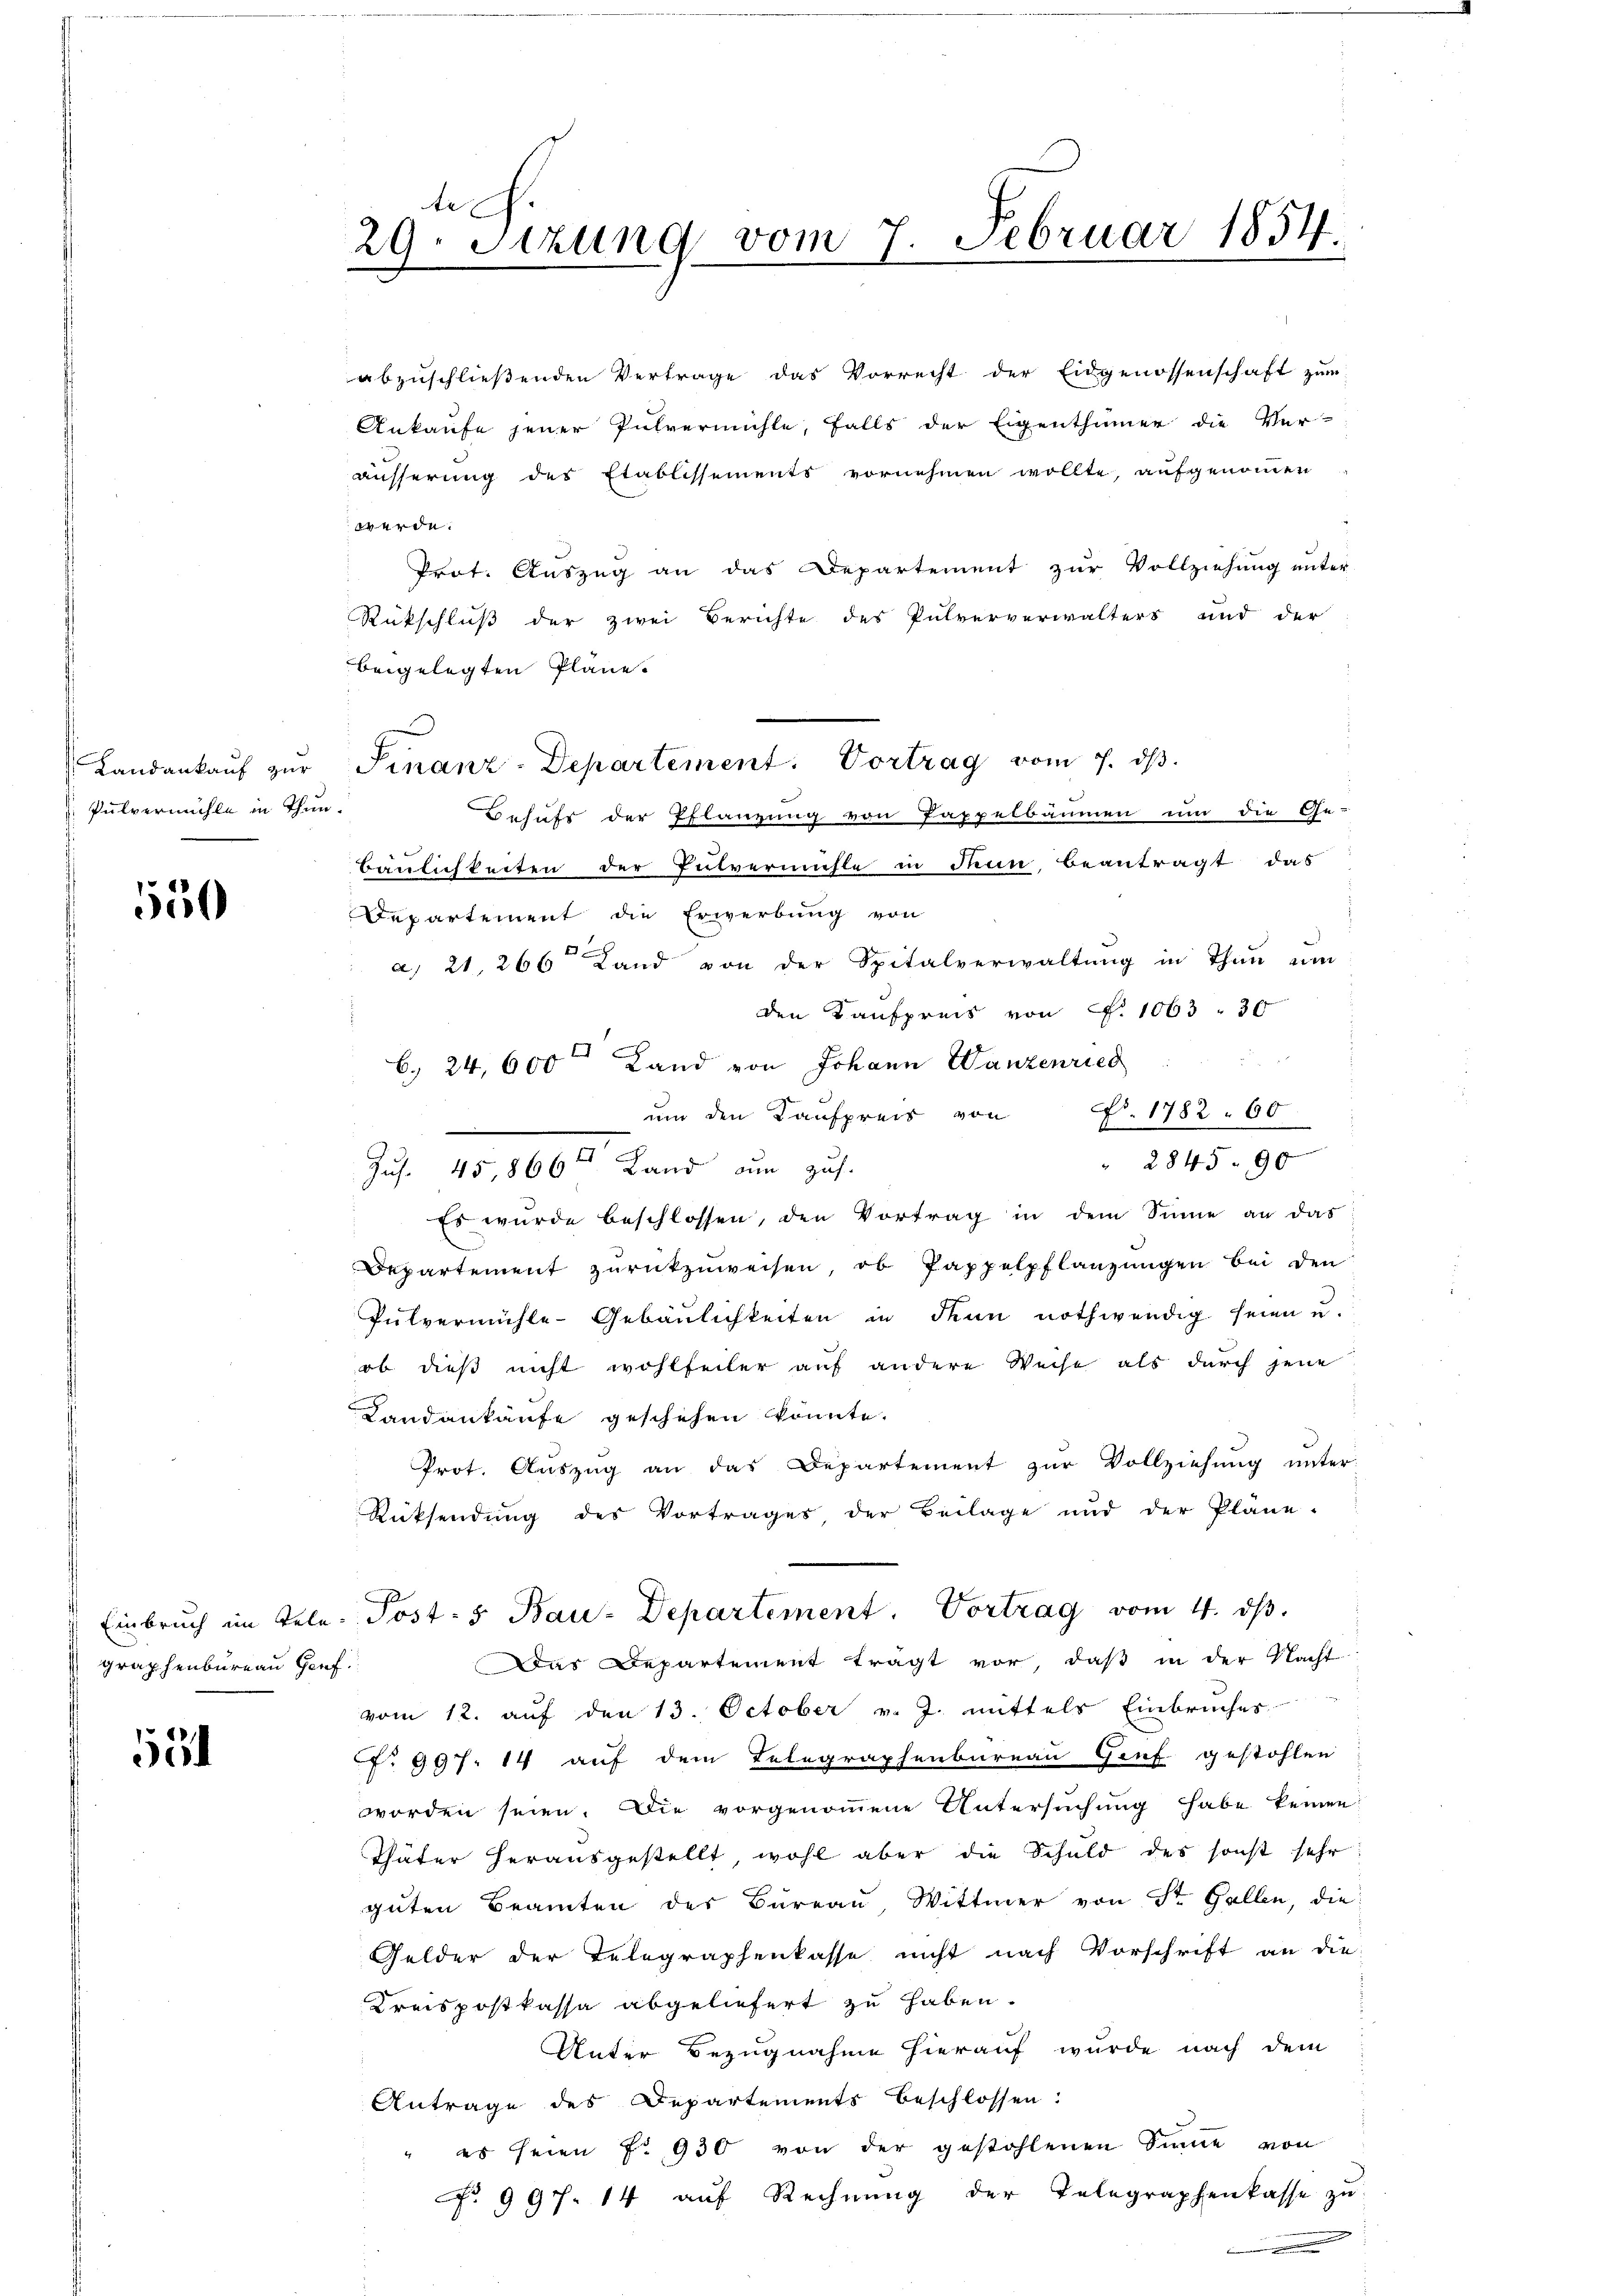
Pulvermühle in Thun.

550

äusserung des Etablissements vornehmen wollte, aufgenommen
werde.
Prot. Auszug an das Departement zur Vollziehung unter
Rückschluß der zwei Berichte des Pulververwalters und der
beigelegten Pläne.
Behufs der Pflanzung von Pappelbäumen um die Ge-
Baulichkeiten der Pulvermühle in denn, beantragt das
Departement die Erwerbung von
a. 21. 266 Land von der Spitalverwaltŭng in Thun um
den Kaufpreis von Fr. 1063 " 30
6. 24, 600 x
Land von Johann Wanzenried
ŭm den Kaufpreis von Fr. 1782. 60
284590
Zus. 45,866t Land um zus.
Es wurde beschlossen, den Vortrag in dem Sinne an das
Departement zurückzuweisen, ob Pappelpflanzungen bei den
Pŭlvermühle-Gebäŭlichkeiten in denn nothwendig seien u.
ob dieß nicht wohlfeiler auf andere Weise als durch jene
Landankaufe geschehen könnte.
Prot. Auszug an das Departement zur Vollziehung unter
Rücksendung des Vortrages, der Beilage und der Pläne-
f
Einbruch im Tele: Jost- & Bau-Departement. Vortrag vom 4. ds.
Das Departement trägt vor, daß in der Nacht
vom 12. auf den 13. October v. J. mittels Einbruches
. 997. 14 auf dem Telegraphenbureau Genf gestohlen
worden seien. Die vorgenommene Untersuchung habe keinen
Thäter heraŭsgestellt, wohl aber die Schuld des sonst sehr
guten Beamten des Bureau, Wittwer von Str. Gallen, die
Gelder der Telegraphenkasse nicht nach Vorschrift an die
Kreispostkassa abgeliefert zu haben.
Unter Bezugnahme hierauf wurde nach dem
Antrage des Departements beschlossen:
" es seien f. 930 von der gestohlenen Sinne von
No 997. 14 auf Rechnung der Telegraphenkasse zu

graphenbureau Genf

531

te
29. Sitzung vom 7. Februar 1854.

abzuschließenden Vertrage das Vorrecht der Eidgenossenschaft zum
Ankaufe jener Pulvermühle, falls der Eigenthümer die Ver-

Landankaŭf zŭr Finanz-Departement. Vortrag vom 7. ds.